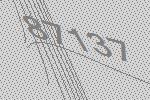
87137